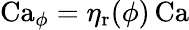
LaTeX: \mathrm{Ca}_{\phi}=\eta_{\mathrm{r}}(\phi)\, \mathrm{Ca}